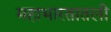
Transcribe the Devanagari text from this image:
महाभारतातली